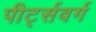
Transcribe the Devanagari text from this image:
पीर्ट्सवर्ग